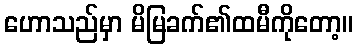
ဟောသည်မှာ မိမြခက်၏ထမီကိုတော့။